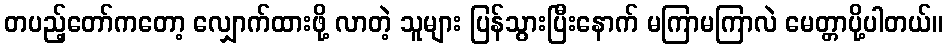
တပည့်တော်ကတော့ လျှောက်ထားဖို့ လာတဲ့ သူများ ပြန်သွားပြီးနောက် မကြာမကြာလဲ မေတ္တာပို့ပါတယ်။